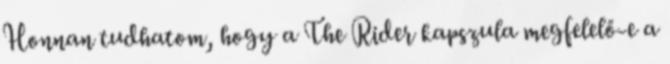
Honnan tudhatom, hogy a The Rider kapszula megfelelő-e a